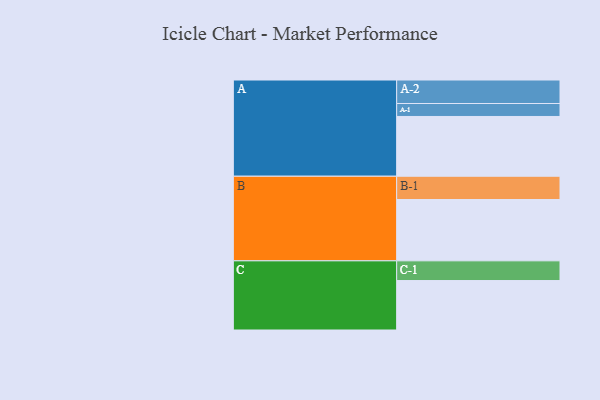
{"axis": {"x": "Segment", "y": "Value"}, "legend": ["", "A", "B", "C"], "data": [{"x": "A", "y": 534, "type": ""}, {"x": "B", "y": 548, "type": ""}, {"x": "C", "y": 442, "type": ""}, {"x": "A-1", "y": 116, "type": "A"}, {"x": "A-2", "y": 210, "type": "A"}, {"x": "B-1", "y": 208, "type": "B"}, {"x": "C-1", "y": 176, "type": "C"}]}